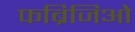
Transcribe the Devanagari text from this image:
फब्रिजिओ